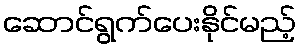
ဆောင်ရွက်ပေးနိုင်မည့်